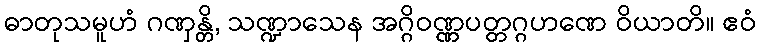
ဓာတုသမူဟံ ဂဏှန္တိ, သဏ္ဍာသေန အဂ္ဂိဝဏ္ဏပတ္တဂ္ဂဟဏေ ဝိယာတိ။ ဧဝံ